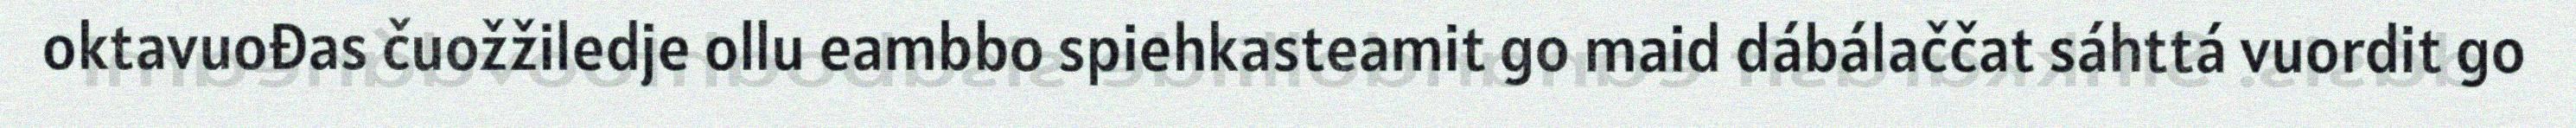
oktavuođas čuožžiledje ollu eambbo spiehkasteamit go maid dábálaččat sáhttá vuordit go